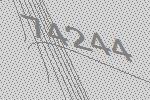
74244